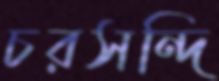
চরসন্দি